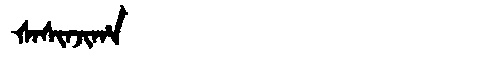
Manchu: ᡧᠠᠰᡳᠨᠵᡳᡥᠠ
Romanization: ŠASINJIHA